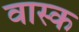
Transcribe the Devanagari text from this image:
वास्क